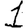
Digit: 1